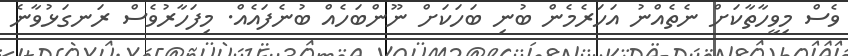
ވެސް މިވީހާތާކަށް ނެތެއްނު އަހަރެމެން ބުނި ބަހަކަށް ނޫންބަހެއް ބުނެފައެއް. މިފަހާރުވެސް ރަނގަޅުވާނެ